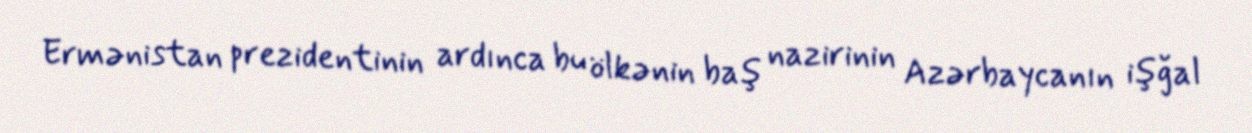
Ermənistan prezidentinin ardınca bu ölkənin baş nazirinin Azərbaycanın işğal